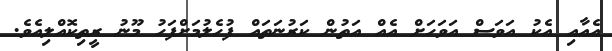
އެއާއި އެކު އަވަސް އަވަހަށް އެއް އަތުން ކަރުނަތައް ފުހެލުމަށްފަހު މޫނު ރީތިކޮއްލިއެވެ.